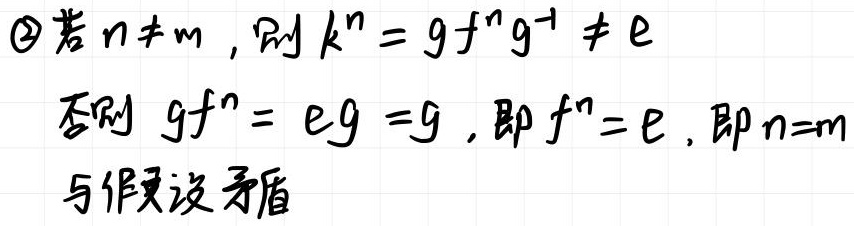
\textcircled{2}若$n\neq m$，则$k^{n}=gf^{n}g^{-1}\neq e$

否则$gf^{n}=eg = g$，即$f^{n}=e$，即$n = m$

与假设矛盾